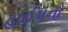
હાઈપનો